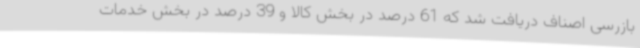
بازرسی اصناف دریافت شد که 61 درصد در بخش کالا و 39 درصد در بخش خدمات